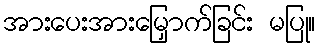
အားပေးအားမြှောက်ခြင်း မပြု။